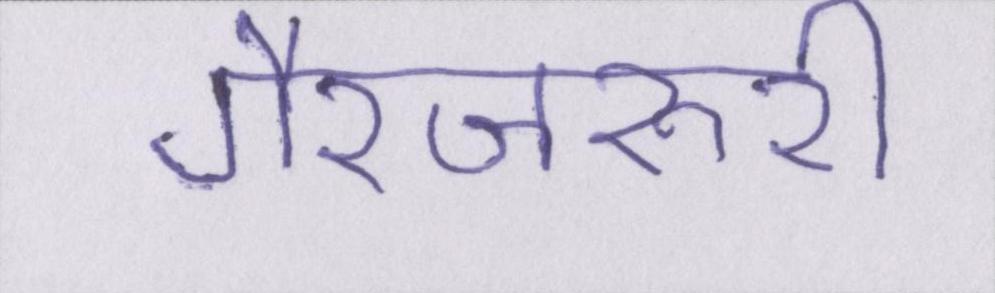
गैरजरूरी